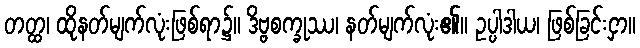
တတ္ထ၊ ထိုနတ်မျက်လုံးဖြစ်ရာ၌။ ဒိဗ္ဗစက္ခုဿ၊ နတ်မျက်လုံး၏။ ဥပ္ပါဒါယ၊ ဖြစ်ခြင်းငှာ။